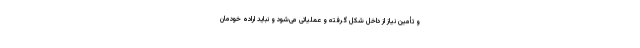
و تأمین نیاز از داخل شکل گرفته و عملیاتی می‌شود و نباید اراده خودمان